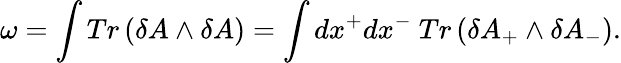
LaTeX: \omega=\int Tr\left(\delta A\wedge\delta A\right)=\int dx^{+}dx^{-}~Tr\left(\delta A_{+}\wedge\delta A_{-}\right).